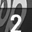
Digit: 2